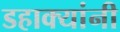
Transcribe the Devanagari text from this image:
डहाक्यांनी